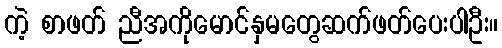
ကဲ့ စာဖတ် ညီအကိုမောင်နှမတွေဆက်ဖတ်ပေးပါဦး။